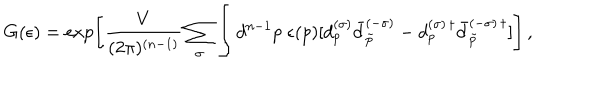
G ( \epsilon ) = \exp \left[ \frac { V } { ( 2 \pi ) ^ { ( n - 1 ) } } \sum _ { \sigma } \int d ^ { n - 1 } p \; \epsilon ( p ) [ d _ { p } ^ { ( \sigma ) } \bar { d } _ { \tilde { p } } ^ { ( - \sigma ) } - d _ { p } ^ { ( \sigma ) \, \dagger } \bar { d } _ { \tilde { p } } ^ { ( - \sigma ) \, \dagger } ] \right] \, { , }